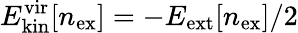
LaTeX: {E_{\mathrm{kin}}^{\mathrm{vir}}[n_{\mathrm{ex}}]=-E_{\mathrm{ext}}[n_{\mathrm{ex}}]/2}